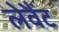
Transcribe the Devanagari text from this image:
लेवैंट